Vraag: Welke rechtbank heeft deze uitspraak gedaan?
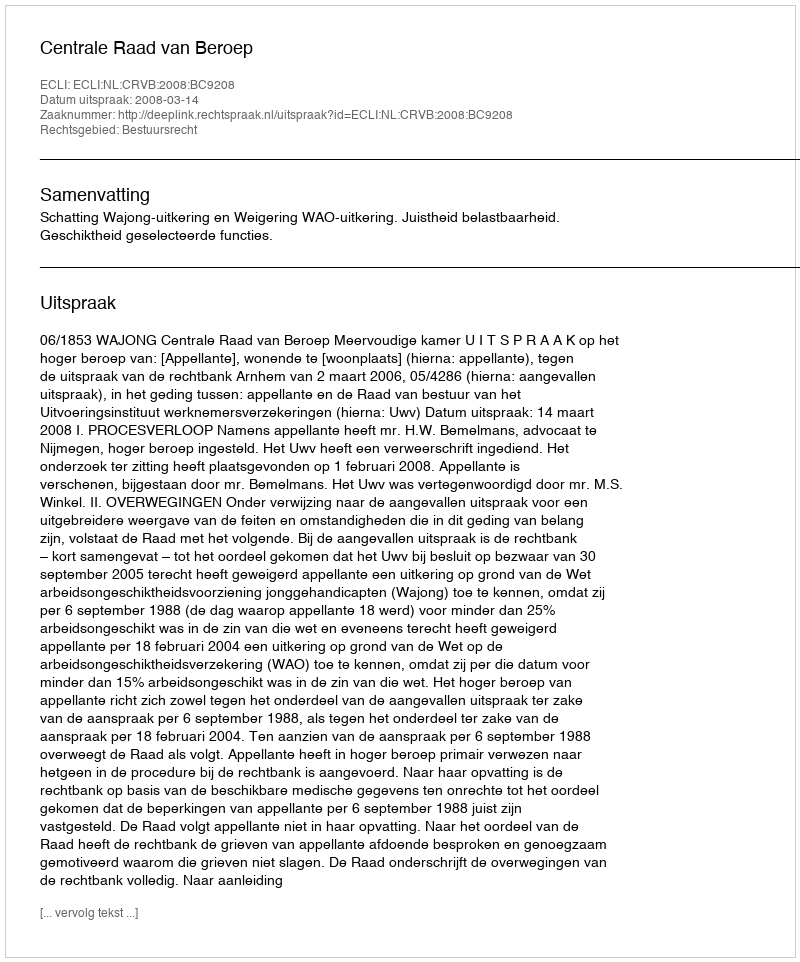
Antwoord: Centrale Raad van Beroep